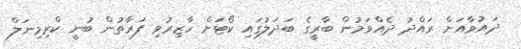
ދައުވާއަށް ރައްދު ދެއްވަމުން ބާރީގެ ބަދަލުގައި ކޯޓަށް ހާޒިރުވި ފަރާތުން ބުނީ ކްރިމިނަލް